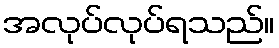
အလုပ်လုပ်ရသည်။